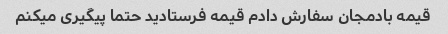
قیمه بادمجان سفارش دادم قیمه فرستادید حتما پیگیری میکنم